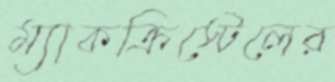
ম্যাকক্রিস্টেলের